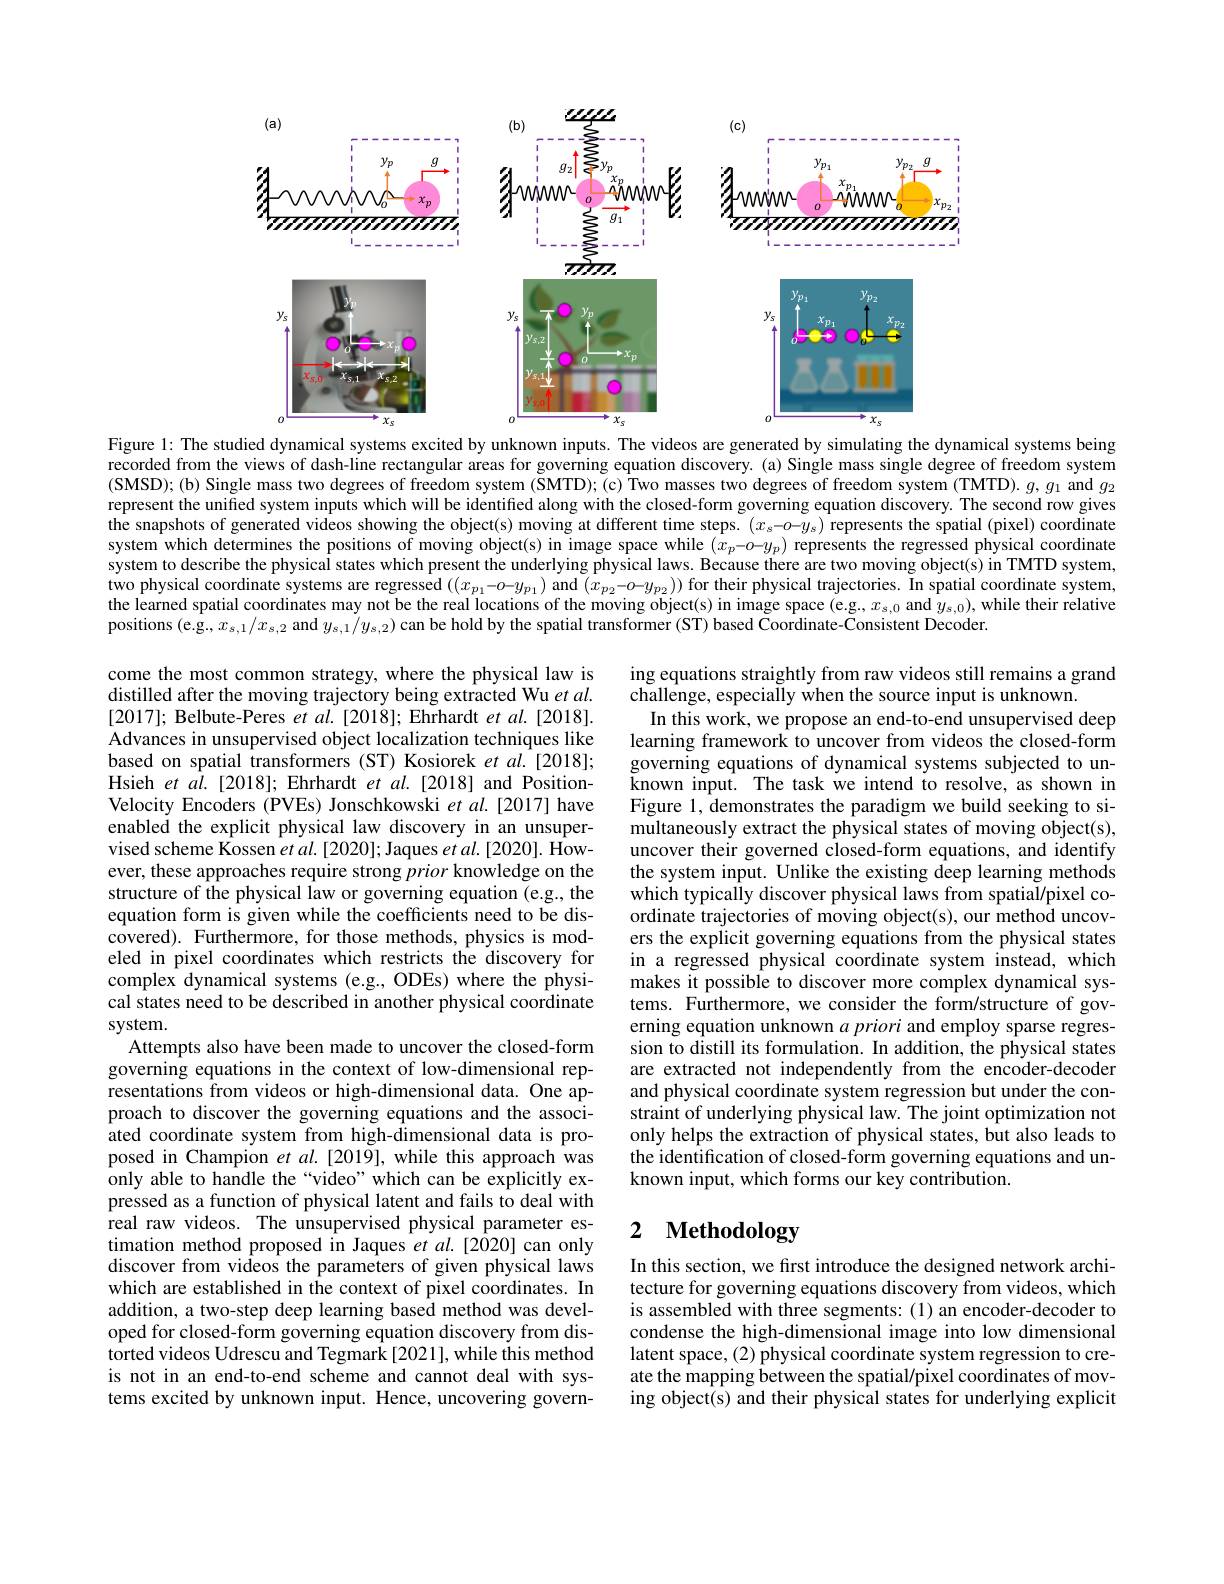
<FigureHere>

Figure 1: The studied dynamical systems excited by unknown inputs. The videos are generated by simulating the dynamical systems being

recorded from the views of dash-line rectangular areas for governing equation discovery. (a) Single mass single degree of freedom system (SMSD);(b) Single mass two degrees of freedom system (ŠMTD); (c) Two masses two degrees of freedom system (TMTD). $g,g_1$ and $g_2$ represent the unified system inputs which will be identified along with the closed-form governing equation discovery. The second row gives the snapshots of generated videos showing the object(s) moving at different time steps. $(x_s-o-y_s)$ represents the spatial (pixel) coordinate system which determines the positions of moving object(s) in image space while $(x_p-o-y_p)$ represents the regressed physical coordinate system to describe the physical states which present the underlying physical laws. Because there are two moving object(s) in TMTD system two physical coordinate systems are regressed $((x_{p_1}-o-y_{p_1})$ and $(x_{p_2}-o-y_{p_2}))$ for their physical trajectories. In spatial coordinate system, the learned spatial coordinates may not be the real locations of the moving object(s) in image space (e.g., $x_{s,0}$ and $y_{s,0})$, while their relative positions (e.g.$x_\mathrm{s,1}/x_\mathrm{s,2}$ and $y_\mathrm{s,1}/y_\mathrm{s,2})$ can be hold by the spatial transformer (ST) based Coordinate-Consistent Decoder.

ing equations straightly from raw videos still remains a grand
challenge, especially when the source input is unknown.
In this work, we propose an end-to-end unsupervised deep learning framework to uncover from videos the closed-form governing equations of dynamical systems subjected to unknown input. The task we intend to resolve, as shown in Figure 1, demonstrates the paradigm we build seeking to simultaneously extract the physical states of moving object(s), uncover their governed closed-form equations, and identify the system input. Unlike the existing deep learning methods which typically discover physical laws from spatial/pixel coordinate trajectories of moving object(s), our method uncovers the explicit governing equations from the physical states in a regressed physical coordinate system instead, which makes it possible to discover more complex dynamical systems. Furthermore, we consider the form/structure of governing equation unknown $a\textit{priori and employ sparse regres- }$ sion to distill its formulation. In addition, the physical states are extracted not independently from the encoder-decoder and physical coordinate system regression but under the constraint of underlying physical law. The joint optimization not only helps the extraction of physical states, but also leads to the identification of closed-form governing equations and unknown input, which forms our key contribution.

come the most common strategy, where the physical law is distilled after the moving trajectory being extracted Wu $et\textit{al}.$ [2017]; Belbute-Peres $etal.[2018];$ Ehrhardt $etal.[2018].$ Advances in unsupervised object localization techniques like based on spatial transformers (ST) Kosiorek et al.[2018]; Hsieh $etal.[2018];$ Ehrhardt et al.[2018] and PositionVelocity Encoders (PVEs) Jonschkowski et al.[2017] have enabled the explicit physical law discovery in an unsupervised scheme Kossen et al. [2020]; Jaques et al. [2020]. However, these approaches require strong prior knowledge on the structure of the physical law or governing equation (e.g., the equation form is given while the coefficients need to be discovered). Furthermore, for those methods, physics is modeled in pixel coordinates which restricts the discovery for complex dynamical systems (e.g., ODEs) where the physical states need to be described in another physical coordinate system.
Attempts also have been made to uncover the closed-form governing equations in the context of low-dimensional representations from videos or high-dimensional data. One approach to discover the governing equations and the associated coordinate system from high-dimensional data is proposed in Champion $etal.[2019]$,while this approach was only able to handle the“video”which can be explicitly expressed as a function of physical latent and fails to deal with real raw videos. The unsupervised physical parameter estimation method proposed in Jaques et al.[2020] can only discover from videos the parameters of given physical laws which are established in the context of pixel coordinates. In addition, a two-step deep learning based method was developed for closed-form governing equation discovery from distorted videos Udrescu and Tegmark [2021], while this method is not in an end-to-end scheme and cannot deal with systems excited by unknown input. Hence, uncovering govern-

# 2 $\textbf{Methodology}$

In this section, we first introduce the designed network architecture for governing equations discovery from videos, which is assembled with three segments:(1) an encoder-decoder to condense the high-dimensional image into low dimensional latent space, (2) physical coordinate system regression to create the mapping between the spatial/pixel coordinates of moving object(s) and their physical states for underlying explicit